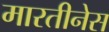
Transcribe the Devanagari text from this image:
मारतीनेस